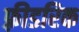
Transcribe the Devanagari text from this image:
फ़्रीडरिक